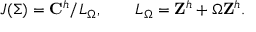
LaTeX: J ( \Sigma ) = { \bf C } ^ { h } / L _ { \Omega } , \qquad L _ { \Omega } = { \bf Z } ^ { h } + \Omega { \bf Z } ^ { h } .